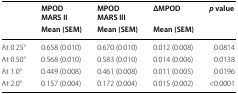
<table><thead><tr><td rowspan="2"></td><td><b>MPODMARS II</b></td><td><b>MPODMARS III</b></td><td><b>ΔMPOD</b></td><td><b><i>p</i> value</b></td></tr><tr><td><b>Mean (SEM)</b></td><td><b>Mean (SEM)</b></td><td><b>Mean (SEM)</b></td><td></td></tr></thead><tbody><tr><td>At 0.25°</td><td>0.658 (0.010)</td><td>0.670 (0.010)</td><td>0.012 (0.008)</td><td>0.0814</td></tr><tr><td>At 0.50°</td><td>0.568 (0.010)</td><td>0.583 (0.010)</td><td>0.014 (0.006)</td><td>0.0138</td></tr><tr><td>At 1.0°</td><td>0.449 (0.008)</td><td>0.461 (0.008)</td><td>0.011 (0.005)</td><td>0.0196</td></tr><tr><td>At 2.0°</td><td>0.157 (0.004)</td><td>0.172 (0.004)</td><td>0.015 (0.002)</td><td>&lt;0.0001</td></tr></tbody></table>